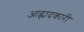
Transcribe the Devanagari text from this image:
आह्लादकारी